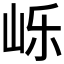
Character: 𱛙